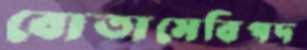
বোতামেবিপদ